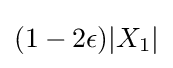
(1-2\epsilon )|X_{1}|